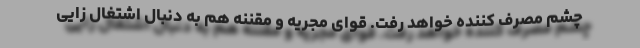
چشم مصرف کننده خواهد رفت. قوای مجریه و مقننه هم به دنبال اشتغال زایی